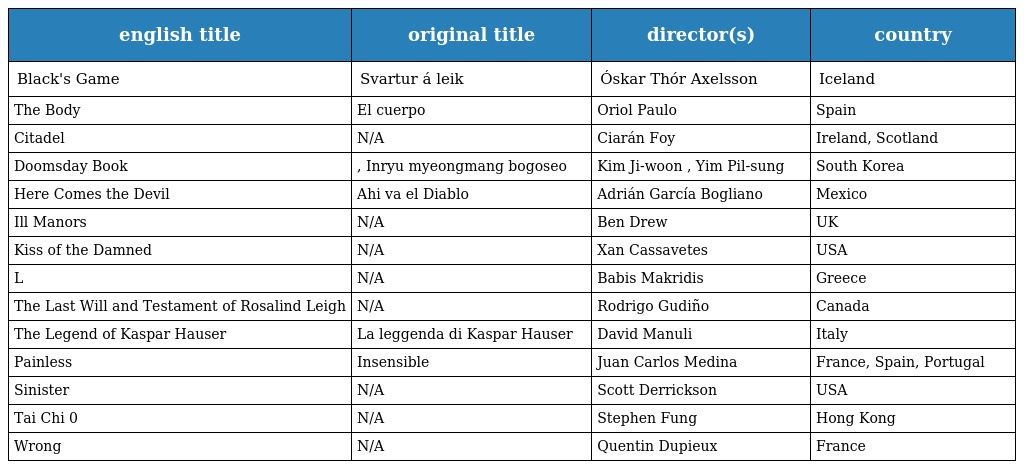
| english title | original title | director(s) | country |
 | --- | --- | --- | --- |
 | Black's Game | Svartur á leik | Óskar Thór Axelsson | Iceland |
 | The Body | El cuerpo | Oriol Paulo | Spain |
 | Citadel | N/A | Ciarán Foy | Ireland, Scotland |
 | Doomsday Book | 인류멸망보고서, Inryu myeongmang bogoseo | Kim Ji-woon , Yim Pil-sung | South Korea |
 | Here Comes the Devil | Ahi va el Diablo | Adrián García Bogliano | Mexico |
 | Ill Manors | N/A | Ben Drew | UK |
 | Kiss of the Damned | N/A | Xan Cassavetes | USA |
 | L | N/A | Babis Makridis | Greece |
 | The Last Will and Testament of Rosalind Leigh | N/A | Rodrigo Gudiño | Canada |
 | The Legend of Kaspar Hauser | La leggenda di Kaspar Hauser | David Manuli | Italy |
 | Painless | Insensible | Juan Carlos Medina | France, Spain, Portugal |
 | Sinister | N/A | Scott Derrickson | USA |
 | Tai Chi 0 | N/A | Stephen Fung | Hong Kong |
 | Wrong | N/A | Quentin Dupieux | France |